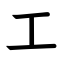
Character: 工